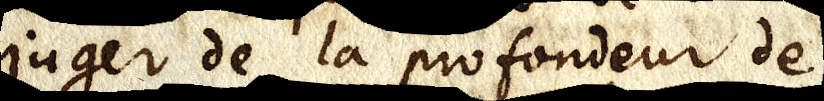
juger de la profondeur de